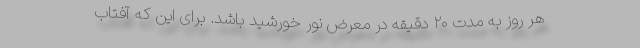
هر روز به مدت ۲۰ دقیقه در معرض نور خورشید باشد. برای این که آفتاب